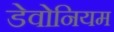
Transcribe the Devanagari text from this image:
डेवोनियम